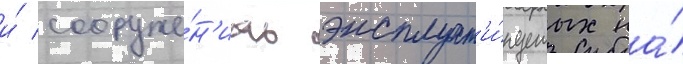
и́ сооруже́н'иах эксплуат'и́руемых на́